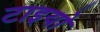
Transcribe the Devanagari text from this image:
टाइयो